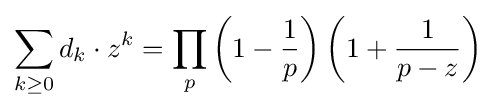
\sum _{k\geq 0}d_{k}\cdot z^{k}=\prod _{p}\left(1-{\frac {1}{p}}\right)\left(1+{\frac {1}{p-z}}\right)